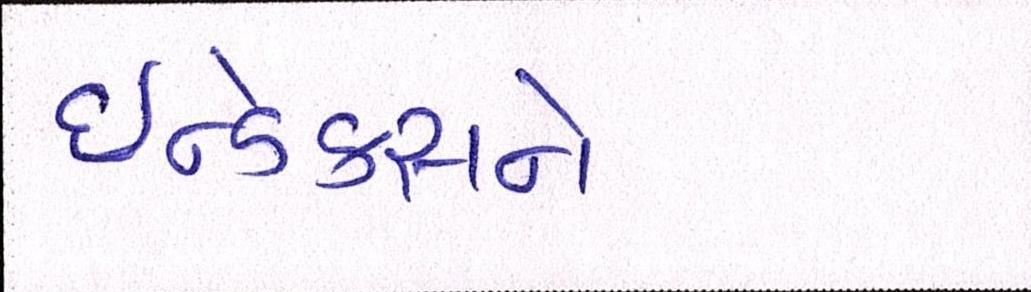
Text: ઇન્ડેક્સને